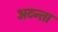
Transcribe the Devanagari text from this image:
अटन्ता